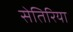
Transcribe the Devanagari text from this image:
सेतिरिया